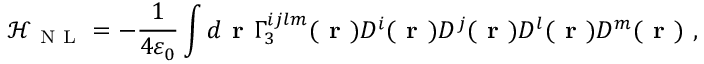
\mathcal { H } _ { \mathrm { ~ N ~ L ~ } } = - \frac { 1 } { 4 \varepsilon _ { 0 } } \int d \textbf { r } \Gamma _ { 3 } ^ { i j l m } ( \textbf { r } ) D ^ { i } ( \textbf { r } ) D ^ { j } ( \textbf { r } ) D ^ { l } ( \textbf { r } ) D ^ { m } ( \textbf { r } ) \ ,